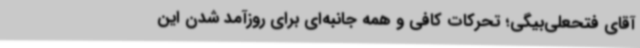
آقای فتحعلی‌بیگی؛ تحرکات کافی و همه جانبه‌ای برای روزآمد شدن این